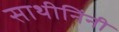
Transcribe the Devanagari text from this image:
साथीनिंनी